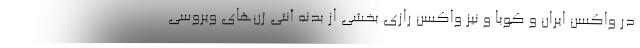
در واکسن ایران و کوبا و نیز واکسن رازی بخشی از بدنه آنتی ژن‌های ویروسی